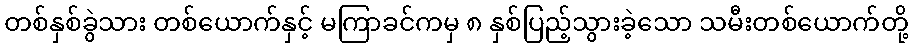
တစ်နှစ်ခွဲသား တစ်ယောက်နှင့် မကြာခင်ကမှ ၈ နှစ်ပြည့်သွားခဲ့သော သမီးတစ်ယောက်တို့